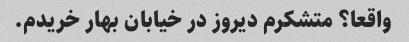
واقعا؟ متشکرم دیروز در خیابان بهار خریدم.